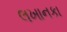
લખાનકા